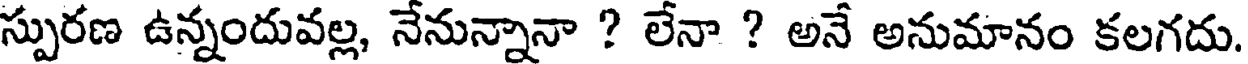
స్పురణ ఉన్నందువల్ల, నేనున్నానా ? లేనా ? అనే అనుమానం కలగదు